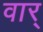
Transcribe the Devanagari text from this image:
वार्